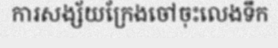
ការសង្ស័យក្រែងចៅចុះលេងទឹក